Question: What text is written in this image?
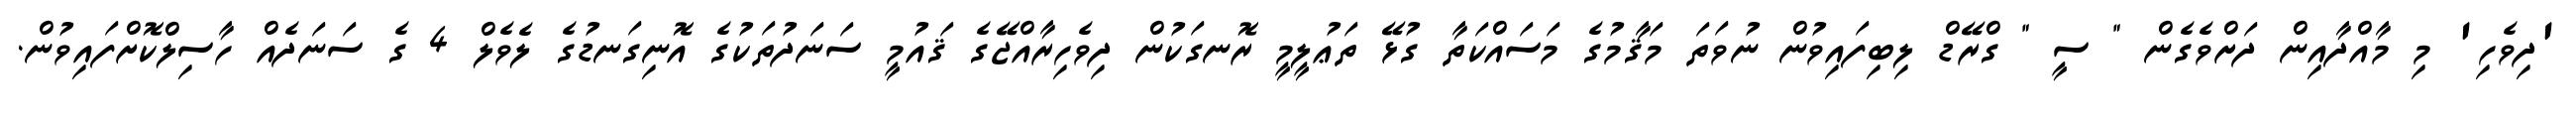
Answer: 'ދިވެހި' މި މާއްދާއިން ދަށްވެގެން " ސީ " ގްރޭޑް ލިބިފައިވުން ނުވަތަ މަޤާމުގެ މަސައްކަތާ ގުޅޭ ތަޢުލީމީ ރޮނގަކުން ދިވެހިރާއްޖޭގެ ޤައުމީ ސަނަދުތަކުގެ އޮނިގަނޑުގެ ލެވެލް 4 ގެ ސަނަދެއް ހާސިލްކޮށްފައިވުން.